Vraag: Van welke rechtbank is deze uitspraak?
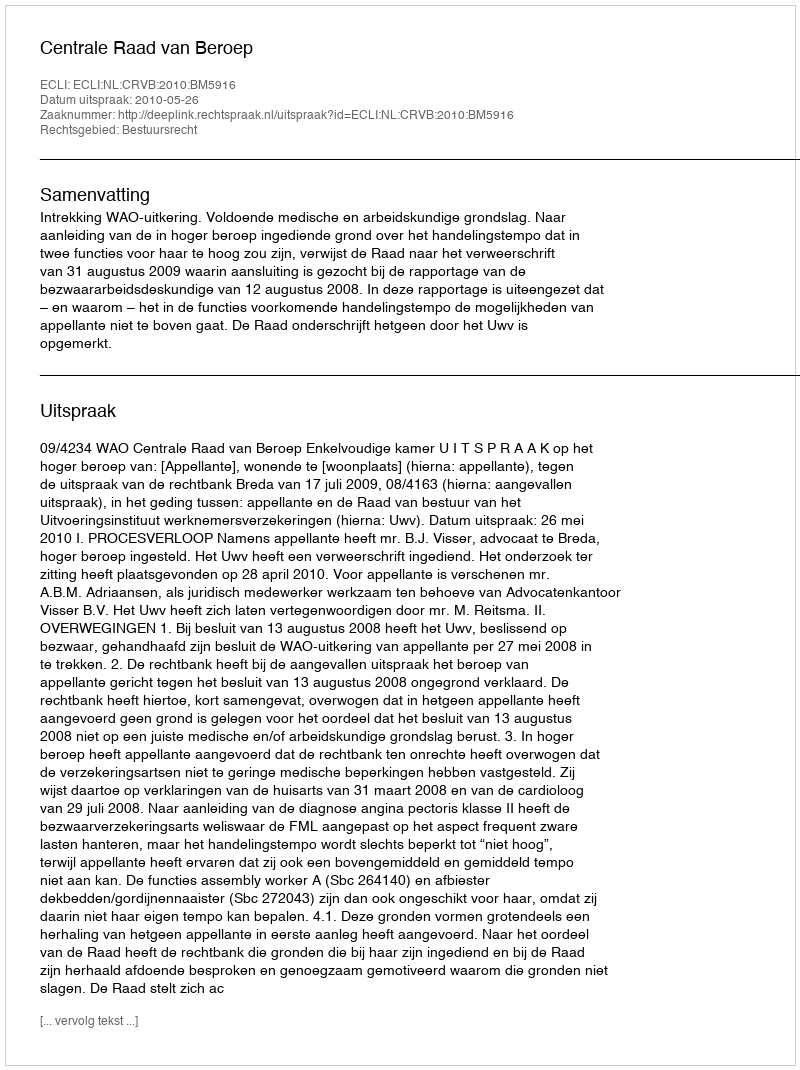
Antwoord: Centrale Raad van Beroep